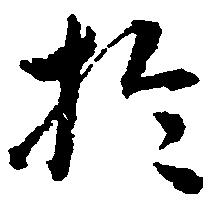
於